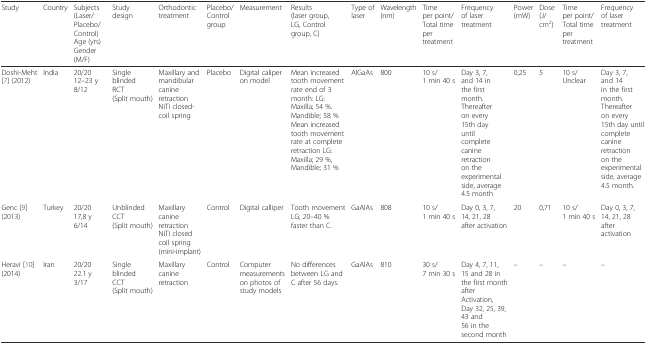
<table><thead><tr><td><b>Study</b></td><td><b>Country</b></td><td><b>Subjects(Laser/Placebo/Control)Age (yrs)Gender (M/F)</b></td><td><b>Study design</b></td><td><b>Orthodontic treatment</b></td><td><b>Placebo/Control group</b></td><td><b>Measurement</b></td><td><b>Results(laser group, LG, Control group, C)</b></td><td><b>Type of laser</b></td><td><b>Wavelength (nm)</b></td><td><b>Time per point/Total time per treatment</b></td><td><b>Frequency of lasertreatment</b></td><td><b>Power (mW)</b></td><td><b>Dose(J/cm<sup>2</sup>)</b></td><td><b>Time per point/Total time per treatment</b></td><td><b>Frequency of laser treatment</b></td></tr></thead><tbody><tr><td>Doshi-Meht [7] (2012)</td><td>India</td><td>20/2012–23 y8/12</td><td>Single blindedRCT(Split mouth)</td><td>Maxillary and mandibular canine retractionNiTi closed-coil spring</td><td>Placebo</td><td>Digital caliper on model</td><td>Mean increased tooth movement rate end of 3 month: LG: Maxilla; 54 %. Mandible; 58 %Mean increased tooth movement rate at complete retraction LG:Maxilla; 29 %, Mandible; 31 %</td><td>AlGaAs</td><td>800</td><td>10 s/1 min 40 s</td><td>Day 3, 7, and 14 in the first month.Thereafter on every15th day until complete canine retraction on the experimental side, average 4.5 month</td><td>0,25</td><td>5</td><td>10 s/Unclear</td><td>Day 3, 7, and 14 in the first month. Thereafter on every 15th day until complete canine retraction on the experimental side, average 4.5 month.</td></tr><tr><td>Genc [9] (2013)</td><td>Turkey</td><td>20/2017,8 y6/14</td><td>UnblindedCCT(Split mouth)</td><td>Maxillary canine retractionNiTi closed coil spring (mini-implant)</td><td>Control</td><td>Digital calliper</td><td>Tooth movement LG; 20–40 % faster than C.</td><td>GaAlAs</td><td>808</td><td>10 s/1 min 40 s</td><td>Day 0, 3, 7, 14, 21, 28after activation</td><td>20</td><td>0,71</td><td>10 s/1 min 40 s</td><td>Day 0, 3, 7, 14, 21, 28 after activation</td></tr><tr><td>Heravi [10] (2014)</td><td>Iran</td><td>20/2022.1 y3/17</td><td>Single blindedCCT(Split mouth)</td><td>Maxillary canine retraction</td><td>Control</td><td>Computer measurements on photos of study models</td><td>No differences between LG and C after 56 days.</td><td>GaAlAs</td><td>810</td><td>30 s/7 min 30 s</td><td>Day 4, 7, 11, 15 and 28 inthe first month afterActivation,Day 32, 25, 39, 43 and56 in the second month</td><td>–</td><td>–</td><td>–</td><td>–</td></tr></tbody></table>